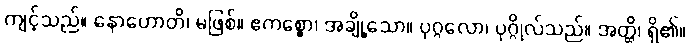
ကျင့်သည်။ နောဟောတိ၊ မဖြစ်။ ဧကစ္စော၊ အချို့သော။ ပုဂ္ဂလော၊ ပုဂ္ဂိုလ်သည်။ အတ္ထိ၊ ရှိ၏။